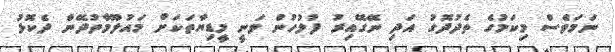
ނަމަވެސް މިކަމުގެ ތެދުދޮގު އަދި ނޭގޭއިރު ފުލުހުން ވަނީ މީޑިޔާތަކަށް މައުލޫމާތުދޭން ދެކޮޅު